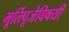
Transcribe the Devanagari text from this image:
मूर्तिपूजेविषयी